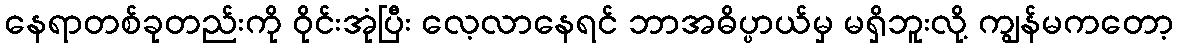
နေရာတစ်ခုတည်းကို ဝိုင်းအုံပြီး လေ့လာနေရင် ဘာအဓိပ္ပာယ်မှ မရှိဘူးလို့ ကျွန်မကတော့